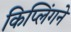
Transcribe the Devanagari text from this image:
किप्लिंगने